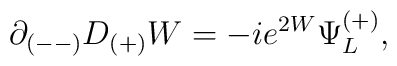
\partial_{(--)} D_{(+)} W = - i e^{2W} \Psi^{(+)}_L  ,  \qquad